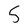
Character: 5